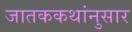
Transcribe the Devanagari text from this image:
जातककथांनुसार